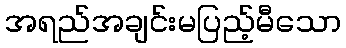
အရည်အချင်းမပြည့်မီသော